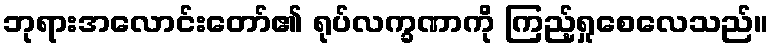
ဘုရားအလောင်းတော်၏ ရုပ်လက္ခဏာကို ကြည့်ရှုစေလေသည်။